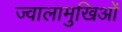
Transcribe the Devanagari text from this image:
ज्वालामुखिओं